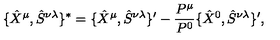
\{ \hat { X } ^ { \mu } , \hat { S } ^ { \nu \lambda } \} ^ { * } = \{ \hat { X } ^ { \mu } , \hat { S } ^ { \nu \lambda } \} ^ { \prime } - \frac { P ^ { \mu } } { P ^ { 0 } } \{ \hat { X } ^ { 0 } , \hat { S } ^ { \nu \lambda } \} ^ { \prime } ,